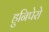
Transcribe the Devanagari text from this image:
हुनिपेरो